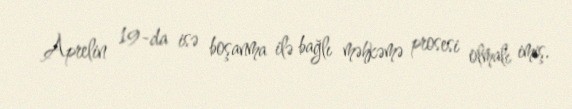
Aprelin 19-da isə boşanma ilə bağlı məhkəmə prosesi olmalı imiş.